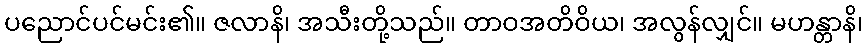
ပညောင်ပင်မင်း၏။ ဇလာနိ၊ အသီးတို့သည်။ တာဝအတိဝိယ၊ အလွန်လျှင်။ မဟန္တာနိ၊